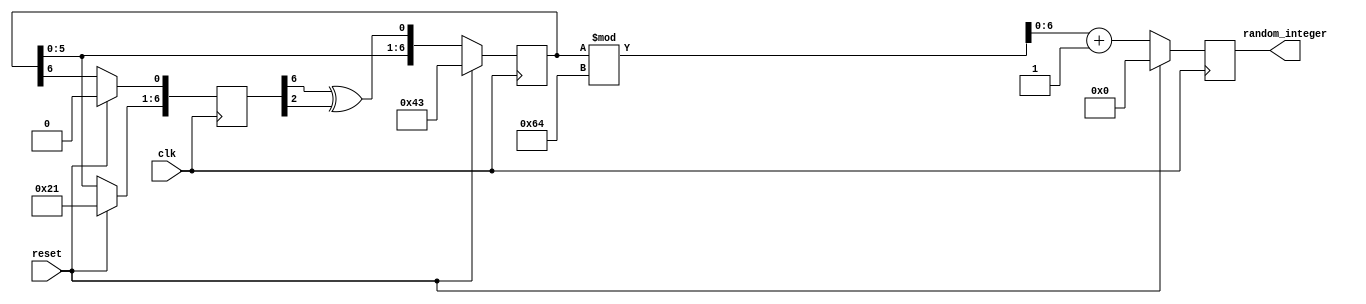

module RandomIntegerGenerator (
  input wire clk,
  input wire reset,
  output reg [6:0] random_integer
);

  reg [6:0] lfsr;
  reg [6:0] feedback;

  always @(posedge clk) begin
    if (reset) begin
      lfsr <= 7'b1000011; // Set initial seed to 67
      feedback <= 7'b1000010;
      random_integer <= 0;
    end else begin
      feedback[6:1] <= lfsr[5:0];
      feedback[0] <= lfsr[6];
      lfsr <= {lfsr[5:0], feedback[6] ^ feedback[2]};
      random_integer <= (lfsr % 100) + 1; // Perform modulo operation and add 1
    end
  end

endmodule